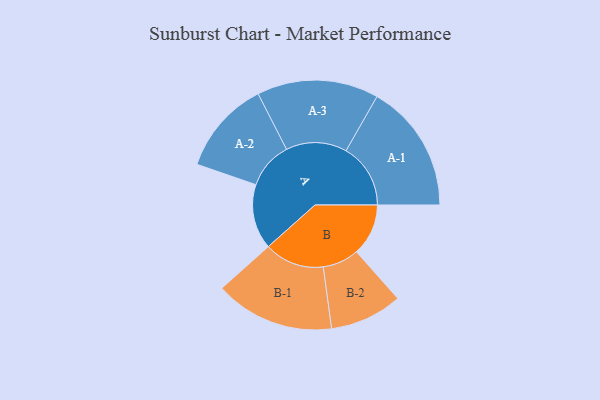
{"axis": {"x": "Segment", "y": "Value"}, "legend": ["", "A", "B"], "data": [{"x": "A", "y": 267, "type": ""}, {"x": "B", "y": 213, "type": ""}, {"x": "A-1", "y": 265, "type": "A"}, {"x": "A-2", "y": 193, "type": "A"}, {"x": "A-3", "y": 250, "type": "A"}, {"x": "B-1", "y": 246, "type": "B"}, {"x": "B-2", "y": 149, "type": "B"}]}